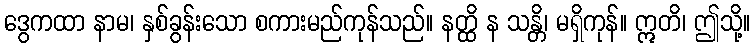
ဒွေကထာ နာမ၊ နှစ်ခွန်းသော စကားမည်ကုန်သည်။ နတ္ထိ န သန္တိ၊ မရှိကုန်။ ဣတိ၊ ဤသို့။